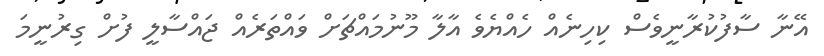
އޭނާ ސާފުކުރާނީވެސް ކިހިނެއް ހެއްޔެވެ އާލާ މޫނުމައްޗަށް ވައްތަރެއް ޖައްސާލީ ފުށް ގިރުނީމަ